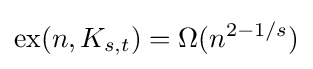
{\text{ex}}(n,K_{s,t})=\Omega (n^{2-1/s})